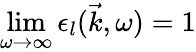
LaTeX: \operatorname*{lim}_{\omega\to\infty}\epsilon_{l}(\vec{k},\omega)=1